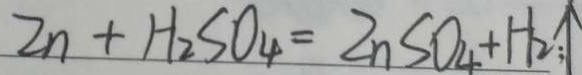
2 _ { n } + H _ { 2 } S O _ { 4 } = 2 _ { n } S O _ { 4 } + H _ { 2 } ; \uparrow